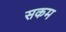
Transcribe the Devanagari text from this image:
सकम